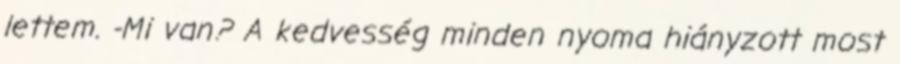
lettem. -Mi van? A kedvesség minden nyoma hiányzott most